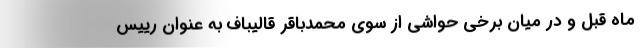
ماه قبل و در میان برخی حواشی از سوی محمدباقر قالیباف به عنوان رییس